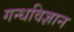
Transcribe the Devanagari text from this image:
गन्धविज्ञान